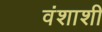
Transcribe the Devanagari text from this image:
वंशाशी